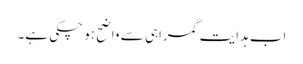
اب ہدایت گمراہی سے واضح ہو چکی ہے۔